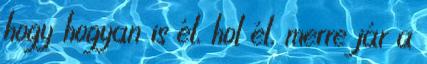
hogy hogyan is él, hol él, merre jár a